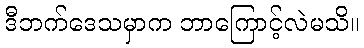
ဒီဘက်ဒေသမှာက ဘာကြောင့်လဲမသိ။